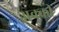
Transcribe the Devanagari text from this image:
अक्की